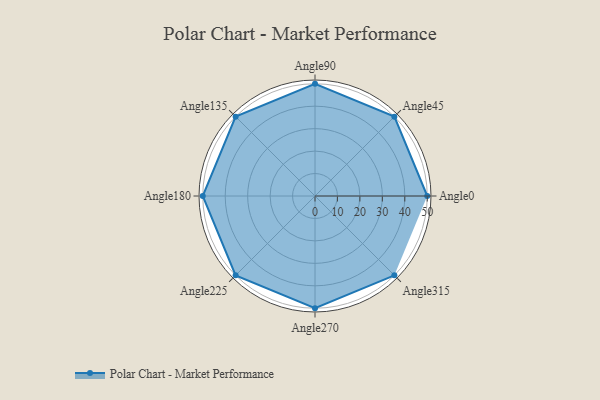
{"axis": {"x": "Angle", "y": "Radius"}, "legend": [""], "data": [{"x": "Angle0", "y": 50, "type": ""}, {"x": "Angle45", "y": 50, "type": ""}, {"x": "Angle90", "y": 50, "type": ""}, {"x": "Angle135", "y": 50, "type": ""}, {"x": "Angle180", "y": 50, "type": ""}, {"x": "Angle225", "y": 50, "type": ""}, {"x": "Angle270", "y": 50, "type": ""}, {"x": "Angle315", "y": 50, "type": ""}]}